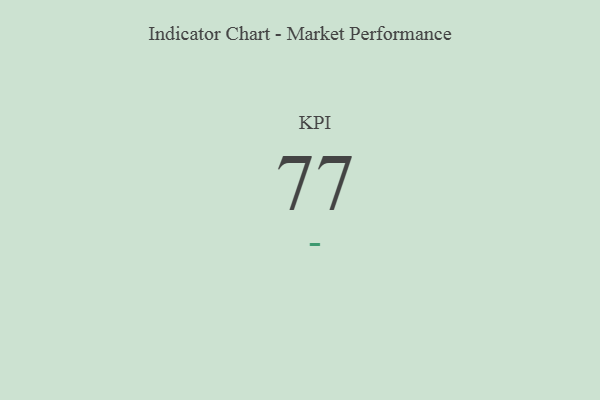
{"axis": {"x": "KPI", "y": "Value"}, "legend": [""], "data": [{"x": "KPI", "y": 77, "type": ""}]}